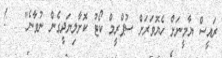
ރައީސް ޔާމީނަށް ހެޔޮވަރަށް ސުޕްރީމް ކޯޓު ކޮށާލިޔަދީގެން ނުވާނެ"   !